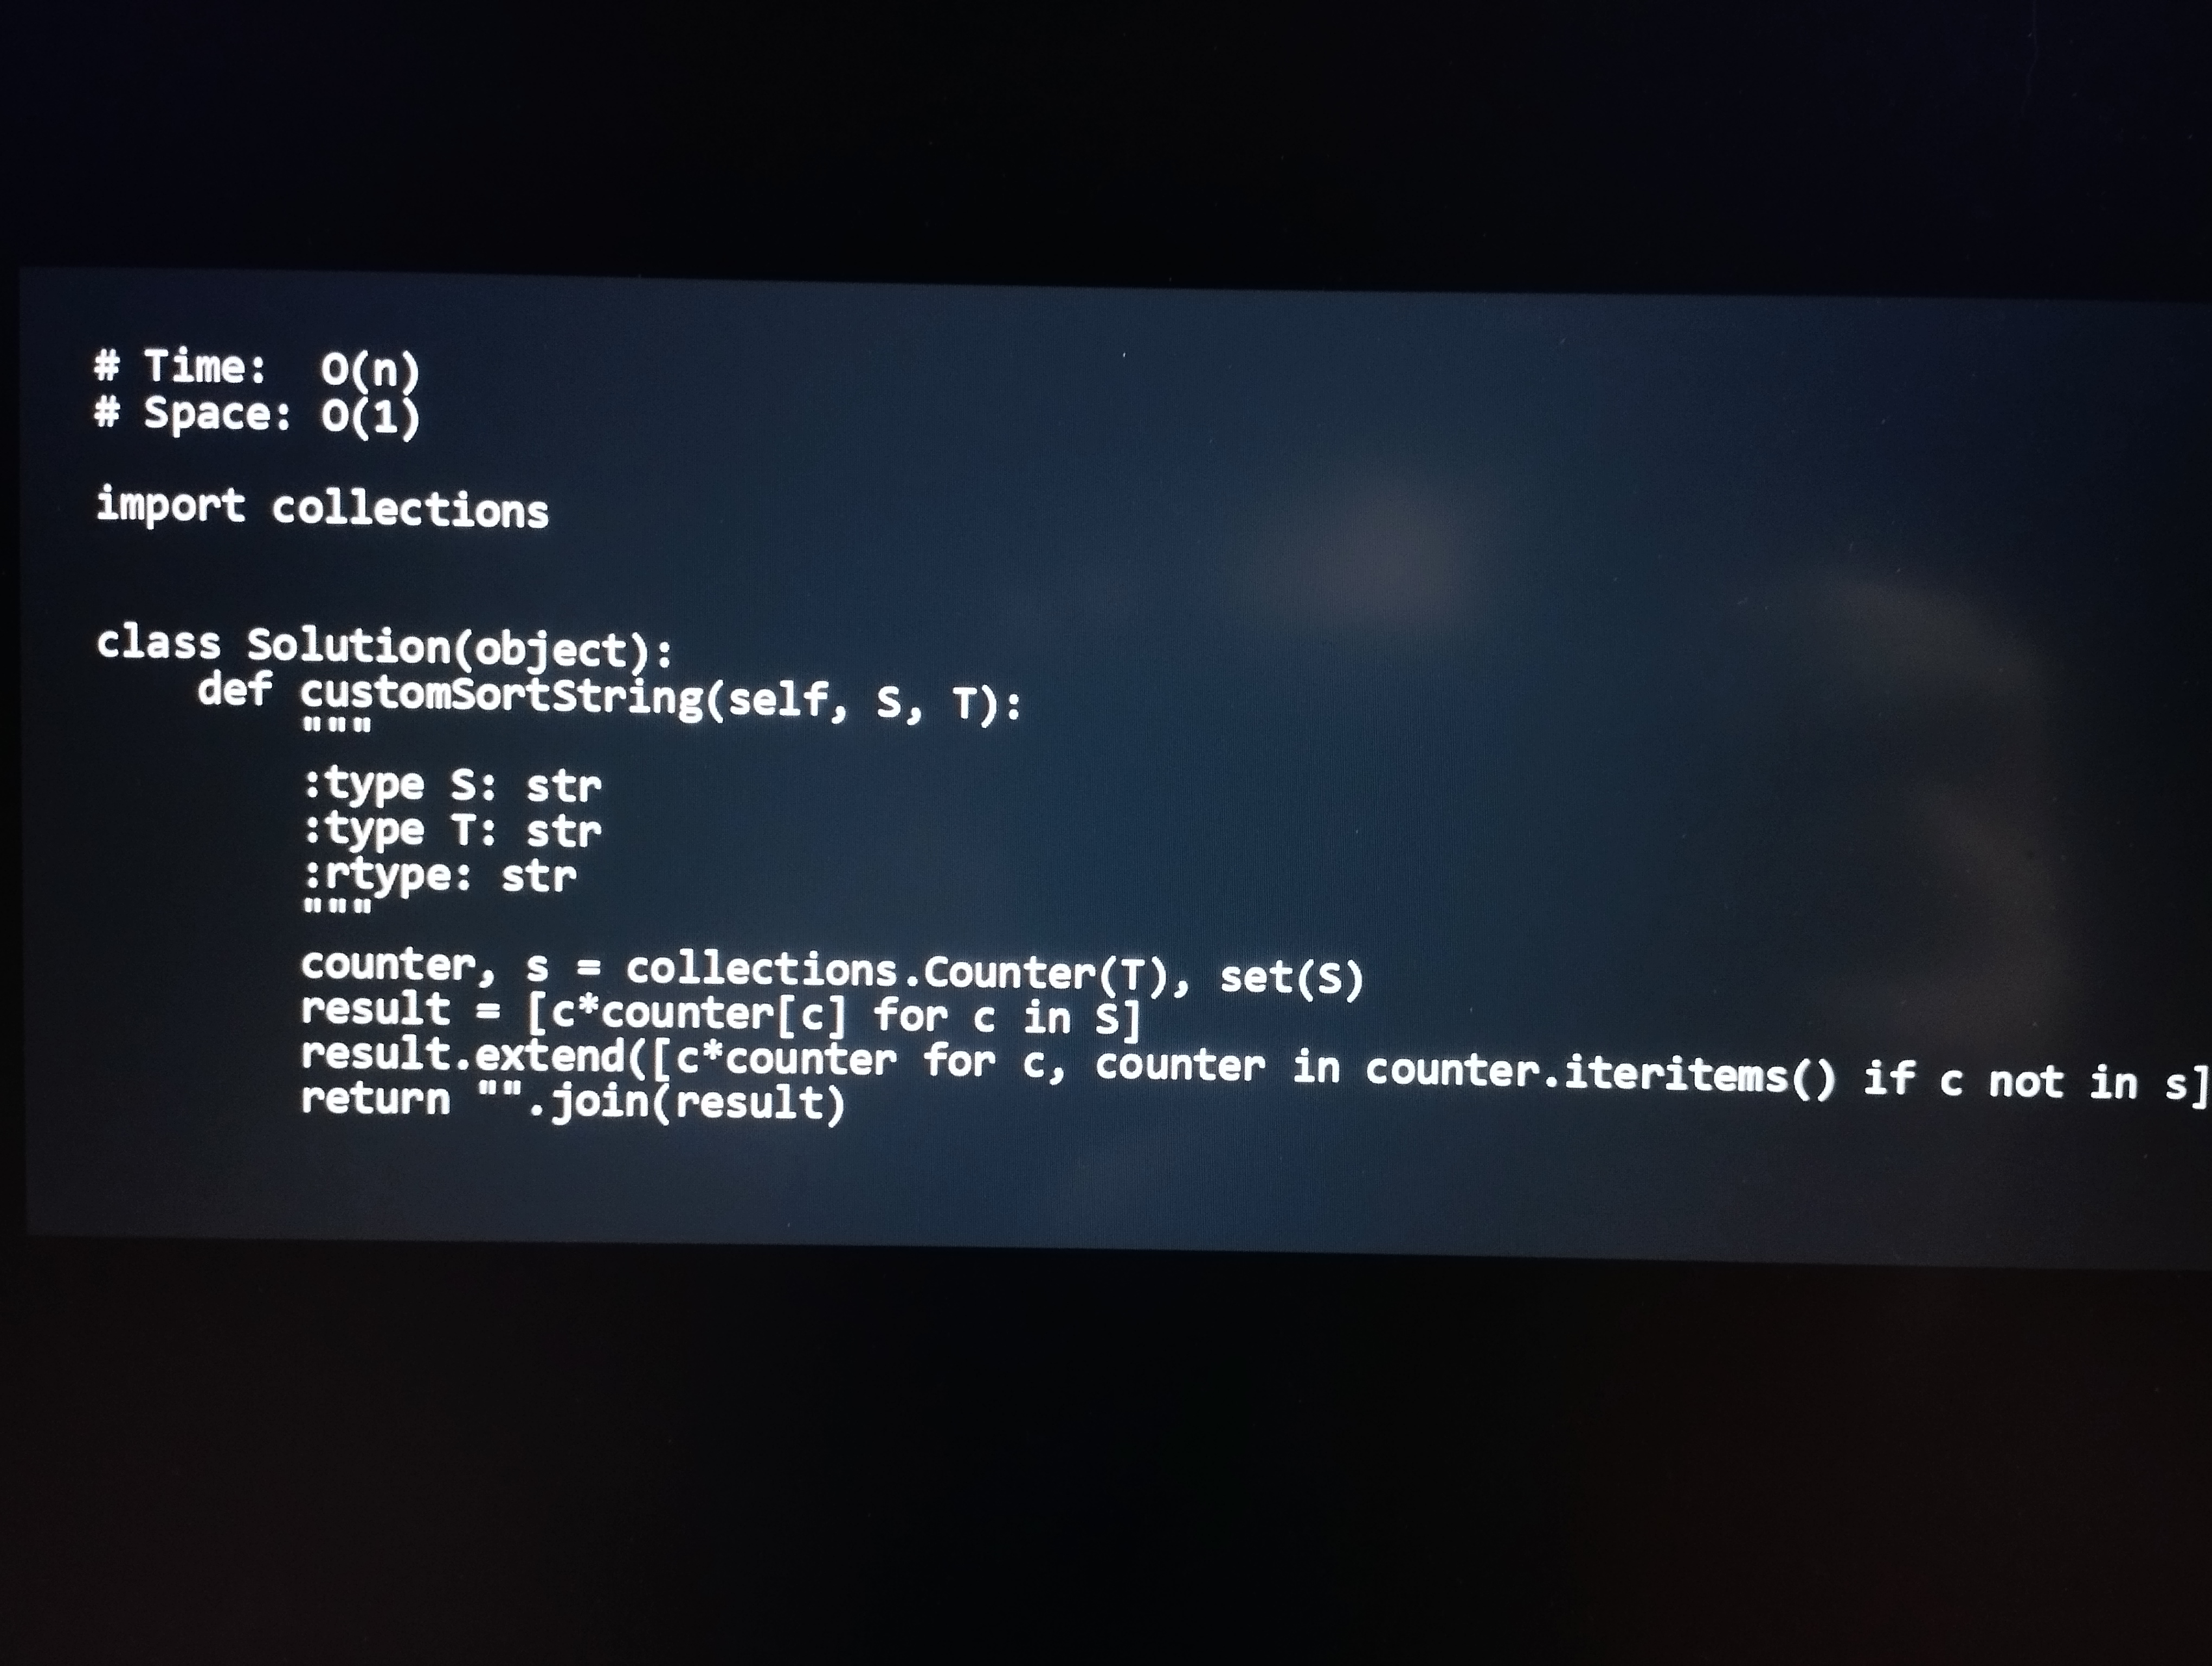
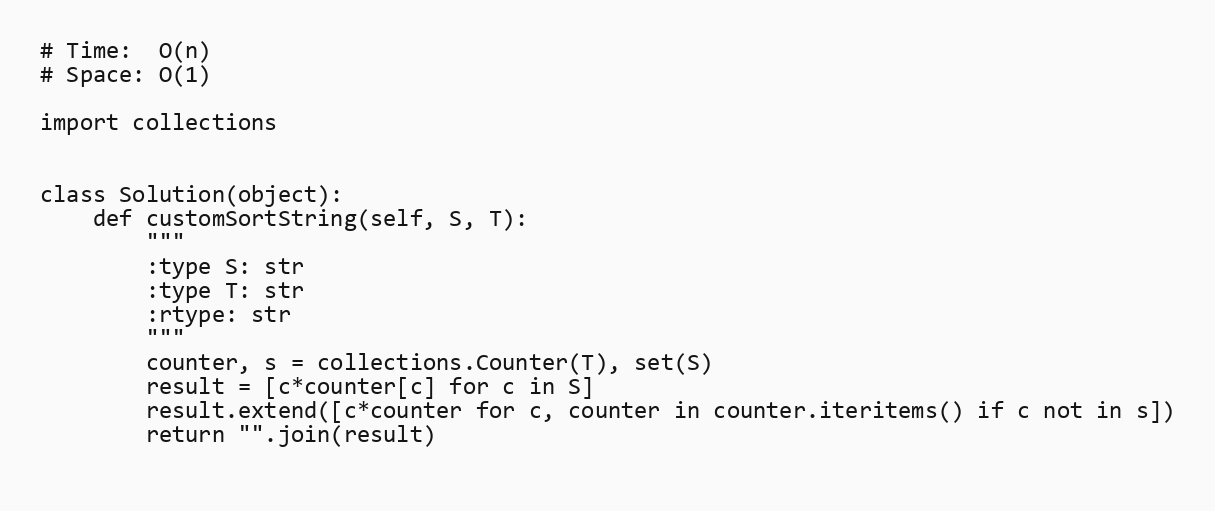
# Time:  O(n)
# Space: O(1)

import collections

class Solution(object):
    def customSortString(self, S, T):
        """
        :type S: str
        :type T: str
        :rtype: str
        """
        counter, s = collections.Counter(T), set(S)
        result = [c*counter[c] for c in S]
        result.extend([c*counter for c, counter in counter.iteritems() if c not in s])
        return "".join(result)